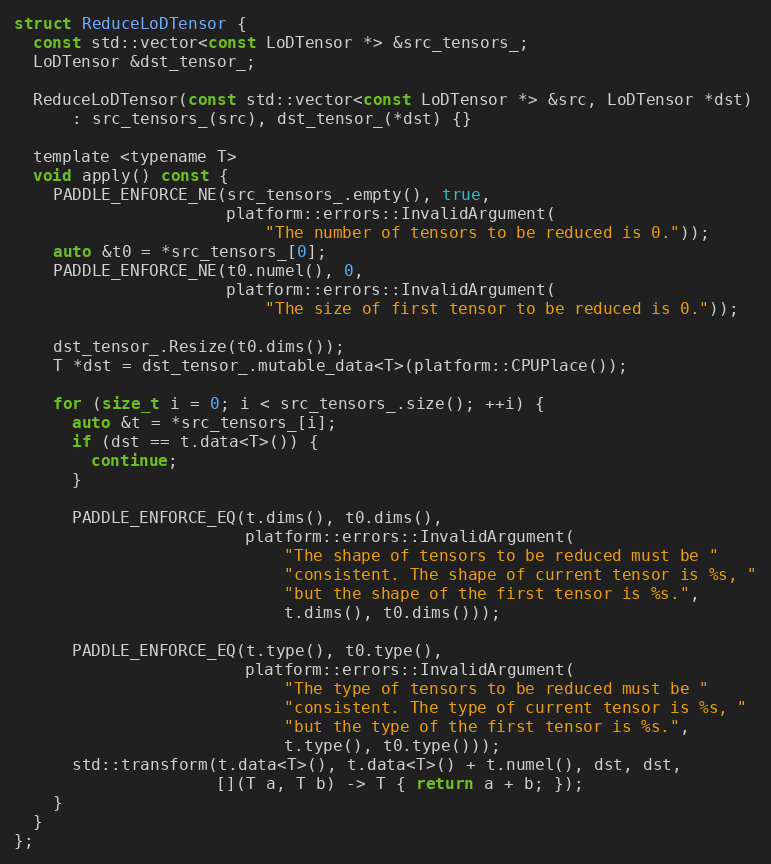
Language: C
struct ReduceLoDTensor {
  const std::vector<const LoDTensor *> &src_tensors_;
  LoDTensor &dst_tensor_;

  ReduceLoDTensor(const std::vector<const LoDTensor *> &src, LoDTensor *dst)
      : src_tensors_(src), dst_tensor_(*dst) {}

  template <typename T>
  void apply() const {
    PADDLE_ENFORCE_NE(src_tensors_.empty(), true,
                      platform::errors::InvalidArgument(
                          "The number of tensors to be reduced is 0."));
    auto &t0 = *src_tensors_[0];
    PADDLE_ENFORCE_NE(t0.numel(), 0,
                      platform::errors::InvalidArgument(
                          "The size of first tensor to be reduced is 0."));

    dst_tensor_.Resize(t0.dims());
    T *dst = dst_tensor_.mutable_data<T>(platform::CPUPlace());

    for (size_t i = 0; i < src_tensors_.size(); ++i) {
      auto &t = *src_tensors_[i];
      if (dst == t.data<T>()) {
        continue;
      }

      PADDLE_ENFORCE_EQ(t.dims(), t0.dims(),
                        platform::errors::InvalidArgument(
                            "The shape of tensors to be reduced must be "
                            "consistent. The shape of current tensor is %s, "
                            "but the shape of the first tensor is %s.",
                            t.dims(), t0.dims()));

      PADDLE_ENFORCE_EQ(t.type(), t0.type(),
                        platform::errors::InvalidArgument(
                            "The type of tensors to be reduced must be "
                            "consistent. The type of current tensor is %s, "
                            "but the type of the first tensor is %s.",
                            t.type(), t0.type()));
      std::transform(t.data<T>(), t.data<T>() + t.numel(), dst, dst,
                     [](T a, T b) -> T { return a + b; });
    }
  }
};